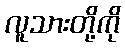
လူသားတို့ကို